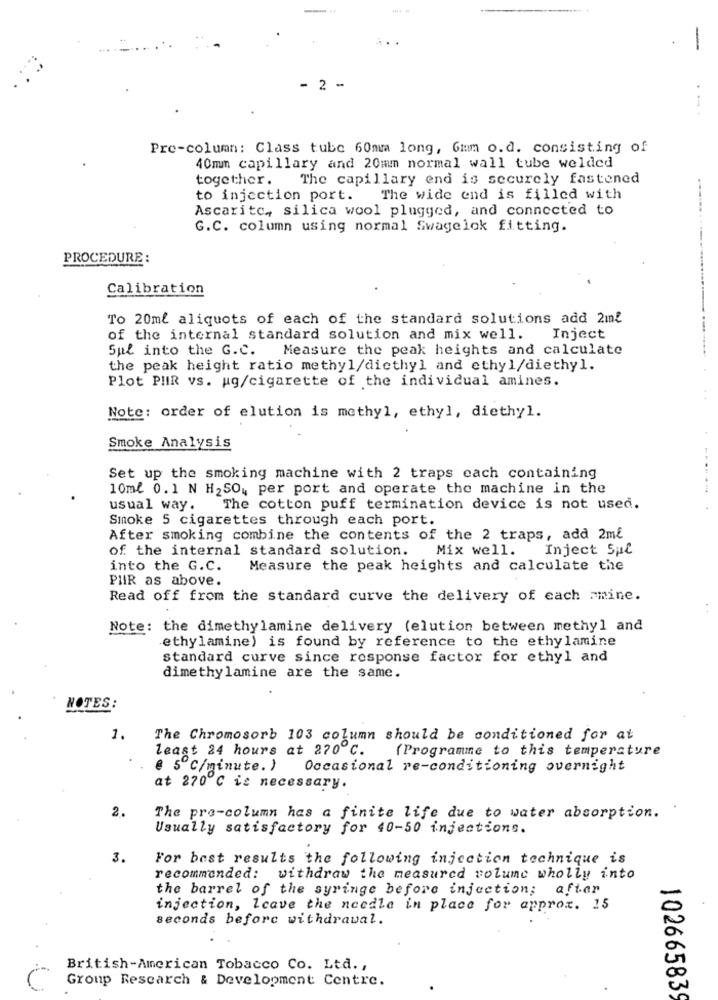
-
- 2 -
Pre-column: Class tube 60mm long, 6mm o.d. consisting of
40mm capillary and 20mm normal wall tube welded
together.
The capillary end is securely fastened
to injection port. The wide end is filled with
Ascarite, silica wool plugged, and connected to
G.C. column using normal Swagelok fitting.
PROCEDURE :
Calibration
To 20ml aliquots of each of the standard solutions add 2ml
of the internal standard solution and mix well. Inject
Sul into the G.C. Measure the peak heights and calculate
the peak height ratio methyl/dicthyl and ethyl/diethyl.
Plot PHR vs. ug/cigarette of the individual amines.
Note: order of elution is methyl, ethyl, diethyl.
Smoke Analysis
Set up the smoking machine with 2 traps each containing
10ml 0.1 N H2SO ,, per port and operate the machine in the
usual way.
The cotton puff termination device is not used.
Smoke 5 cigarettes through each port.
After smoking combine the contents of the 2 traps, add 2ml
of the internal standard solution.
Mix well.
Inject Sul
into the G.C.
Measure the peak heights and calculate the
PHIR as above.
Read off from the standard curve the delivery of each Fmine.
Note: the dimethylamine delivery (elution between methyl and
ethylamine) is found by reference to the ethylamine
standard curve since response factor for ethyl and
dimethylamine are the same.
NOTES:
1.
The Chromosorb 103 column should be conditioned for at
least 24 hours at 270 c.
(Programme to this temperature
€ 5 ℃/minute. ) Occasional re-conditioning overnight
at 270℃ is necessary.
2.
The pro-column has a finite life due to water absorption.
Usually satisfactory for 40-50 injections.
3.
For best results the following injection technique is
recommended: withdraw the measured volume wholly into
the barrel of the syringe before injection; after
injection, leave the needle in place for approx. 15
seconds before withdrawal.
British-American Tobacco Co. Ltd. ,
Group Research & Development Centre.
10266583